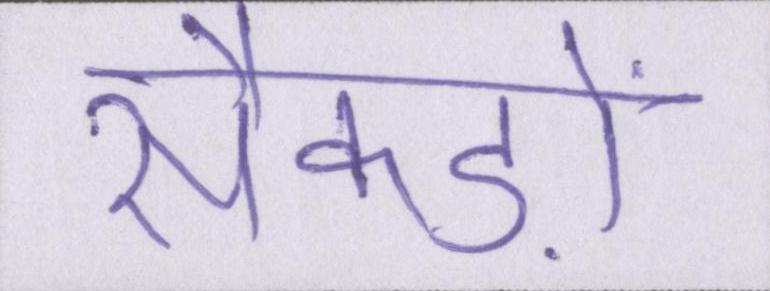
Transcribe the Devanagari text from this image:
सैकड़ों